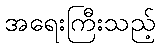
အရေးကြီးသည့်